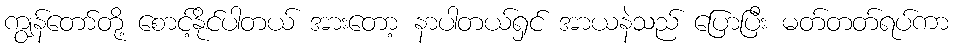
ကျွန်တော်တို့ စောင့်နိုင်ပါတယ် အားတော့ နာပါတယ်ရှင် အာယနဲသည် ပြောပြီး မတ်တတ်ရပ်ကာ